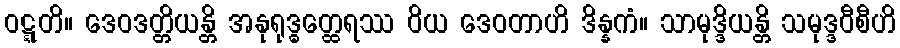
ဝဋ္ဋတိ။ ဒေဝဒတ္တိယန္တိ အနုရုဒ္ဓတ္ထေရဿ ဝိယ ဒေဝတာဟိ ဒိန္နကံ။ သာမုဒ္ဒိယန္တိ သမုဒ္ဒဝီစီဟိ